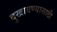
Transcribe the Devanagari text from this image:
दुखावण्यासाठी